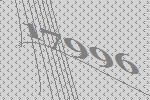
17996